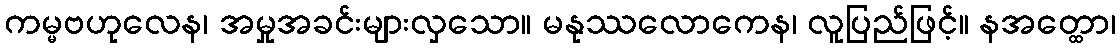
ကမ္မဗဟုလေန၊ အမှုအခင်းများလှသော။ မနုဿလောကေန၊ လူပြည်ဖြင့်။ နအတ္ထော၊